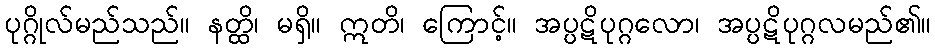
ပုဂ္ဂိုလ်မည်သည်။ နတ္ထိ၊ မရှိ။ ဣတိ၊ ကြောင့်။ အပ္ပဋိပုဂ္ဂလော၊ အပ္ပဋိပုဂ္ဂလမည်၏။